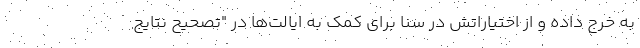
به خرج داده و از اختیاراتش در سنا برای کمک به ایالت‌ها در "تصحیح نتایج